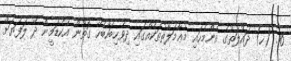
16. (ހ) ދައުލަތުގެ އެންމެހައި މުޢާމަލާތުތަކެއްގައި ދިވެހިބަހާބެހޭ ގޮތުން އެކެޑަމީން ދޭ ލަފަޔަށް